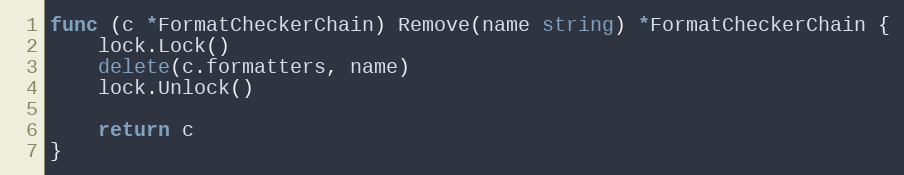
Language: Go
func (c *FormatCheckerChain) Remove(name string) *FormatCheckerChain {
	lock.Lock()
	delete(c.formatters, name)
	lock.Unlock()

	return c
}